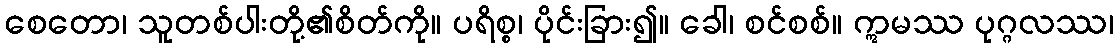
စေတော၊ သူတစ်ပါးတို့၏စိတ်ကို။ ပရိစ္စ၊ ပိုင်းခြား၍။ ခေါ၊ စင်စစ်။ ဣမဿ ပုဂ္ဂလဿ၊